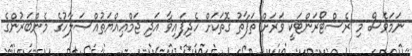
ނަމަވެސް މި ރެސްޓޯރަންޓަކީ ވަރަށް ތަފާތު ގޮތަކަށް ހެދިފައިވާ އަދި ޖަމްޢިއްޔަތުއްޞަލާހުގެ މެންބަރުންގެ